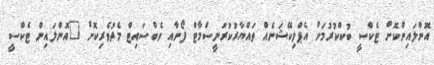
އޮންލައިންކޮށް ޓެކްސީ ބުކްކުރުމަށް އެޕްލިކޭޝަނެއް ތައްޔާރުކުރަނީސްމާޓް ފޯނާއި ވެބްސައިޓް މެދުވެރިކޮށް "އޮންލައިން ޓެކްސީ